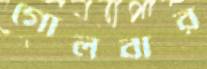
গোলবার